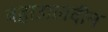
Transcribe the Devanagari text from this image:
बहाउालदीन